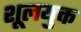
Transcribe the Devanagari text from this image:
शूलयुक्त